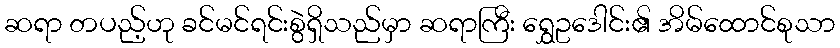
ဆရာ တပည့်ဟု ခင်မင်ရင်းစွဲရှိသည်မှာ ဆရာကြီး ရွှေဥဒေါင်း၏ အိမ်ထောင်စုသာ